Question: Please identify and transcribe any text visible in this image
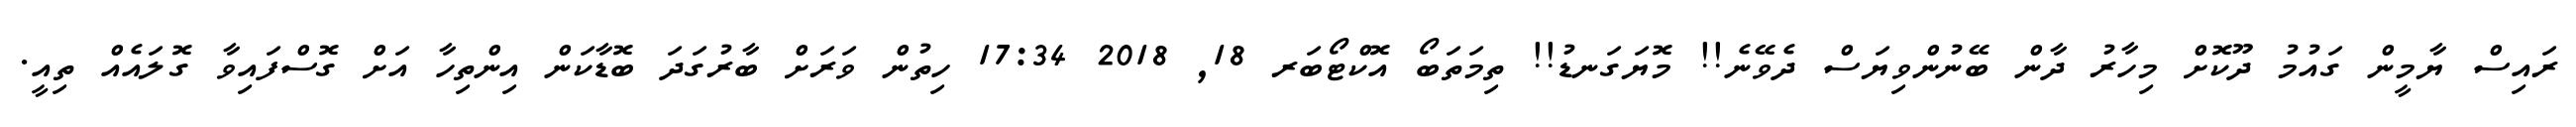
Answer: ރައިސް ޔާމީން ގައުމު ދޫކޮށް މިހާރު ދާން ބޭނުންވިޔަސް ދެވޭނެ!! މޮޔަގަނޑު!! ތިމަތަބޯ އޮކްޓޯބަރ 18, 2018 17:34 ހިތުން ވަރަށް ބާރުގަދަ ބޮޑާކަން އިންތިހާ އަށް ގޮސްފައިވާ ގޮލައެއް ތިއީ.